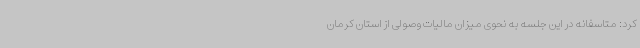
کرد: متاسفانه در این جلسه به نحوی میزان مالیات وصولی از استان کرمان